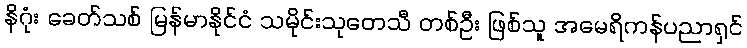
နိဂုံး ခေတ်သစ် မြန်မာနိုင်ငံ သမိုင်းသုတေသီ တစ်ဦး ဖြစ်သူ အမေရိကန်ပညာရှင်